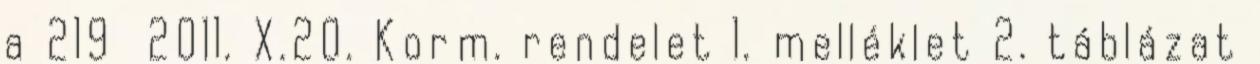
a 219 2011. X.20. Korm. rendelet 1. melléklet 2. táblázat